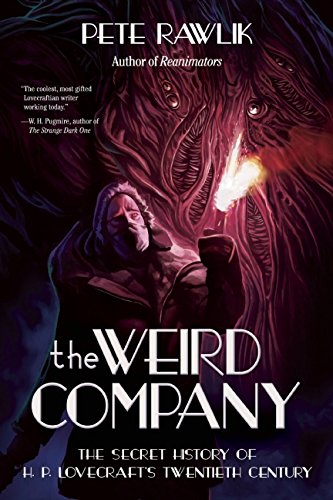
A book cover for The Weird Company: The Secret History of H. P. LovecraftEEs Twentieth Century; Pete Rawlik; Literature & Fiction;